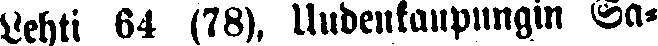
Lehti 64 (78). Uudenkaupungin Sa-